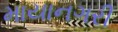
માયાનગરી